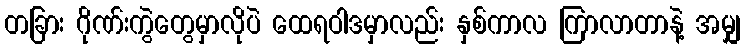
တခြား ဂိုဏ်းကွဲတွေမှာလိုပဲ ထေရဝါဒမှာလည်း နှစ်ကာလ ကြာလာတာနဲ့ အမျှ